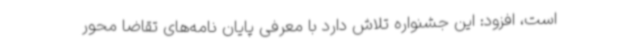
است، افزود: این جشنواره تلاش دارد با معرفی پایان نامه‌های تقاضا محور